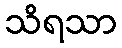
သိရသာ